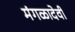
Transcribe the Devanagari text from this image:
मंगळादेवी